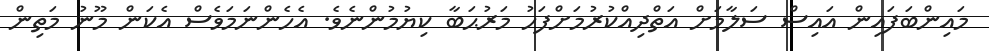
މައިންބަފައިން އައިސް ސަލާމަށް އަތްދިއްކުރުމަށްފަހު މަރުޙަބާ ކިޔުމުންނެވެ. އެހެންނަމަވެސް އެކަން މޫނު މަތިން